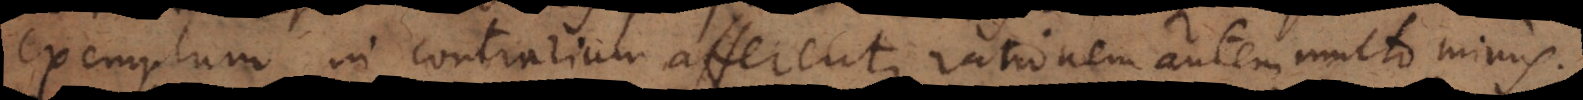
exemplum in contrarium afferent, rationem autem multo minus,